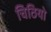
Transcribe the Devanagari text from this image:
चिठियो